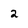
Character: 2